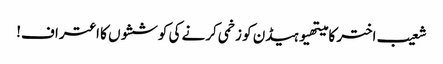
شعیب اختر کا میتھیوہیڈن کو زخمی کرنے کی کوششوں کا اعتراف!